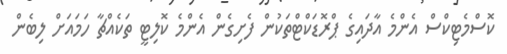
ކޮސްމެޓިކްސް އެންމެ އާދައިގެ ޕްރޮޑަކްޓްތަކުން ފެށިގެން އެންމެ ކޮލިޓީ ތަކެއްޗާ ހަމައަށް ލިބެން